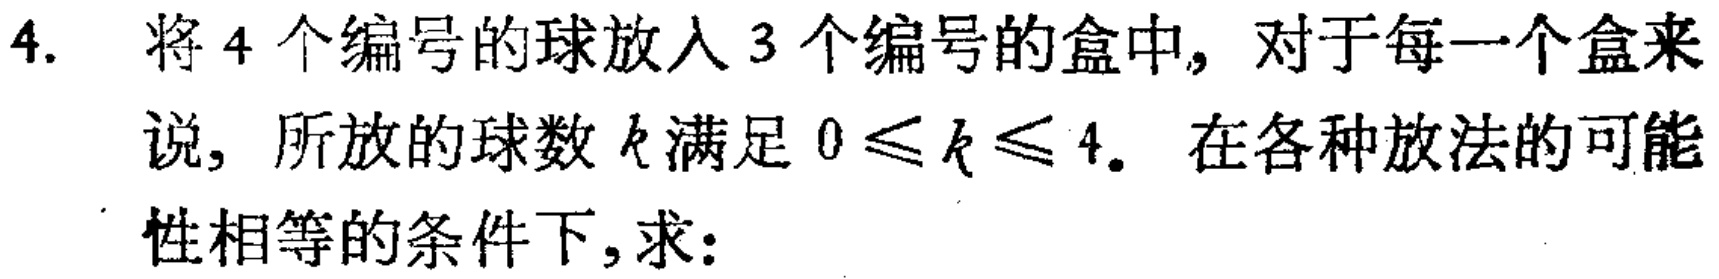
4. 将4个编号的球放入3个编号的盒中, 对于每一个盒来说, 所放的球数\(k\)满足\(0\leqslant k\leqslant 4\). 在各种放法的可能性相等的条件下,求: